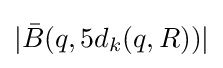
|{\bar {B}}(q,5d_{k}(q,R))|